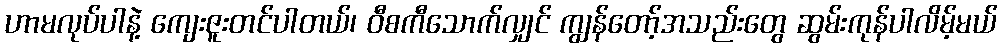
ဟာမလုပ်ပါနဲ့ ကျေးဇူးတင်ပါတယ်၊ ဝီစကီသောက်လျှင် ကျွန်တော့်အသည်းတွေ ဆွမ်းကုန်ပါလိမ့်မယ်